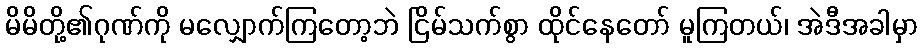
မိမိတို့၏ဂုဏ်ကို မလျှောက်ကြတော့ဘဲ ငြိမ်သက်စွာ ထိုင်နေတော် မူကြတယ်၊ အဲဒီအခါမှာ